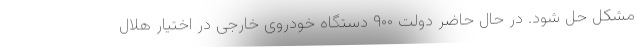
مشکل حل شود. در حال حاضر دولت ۹۰۰ دستگاه خودروی خارجی در اختیار هلال